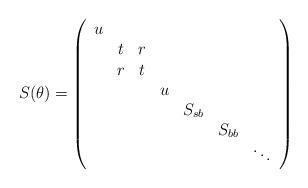
LaTeX: \begin{align*}S(\theta )=\left( \begin{array}{ccccccc}u & & & & & & \\ & t & r & & & & \\ & r & t & & & & \\ & & & u & & & \\ & & & & S_{sb} & & \\ & & & & & S_{bb} & \\ & & & & & & \ddots\end{array}\right)\end{align*}